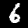
Digit: 6